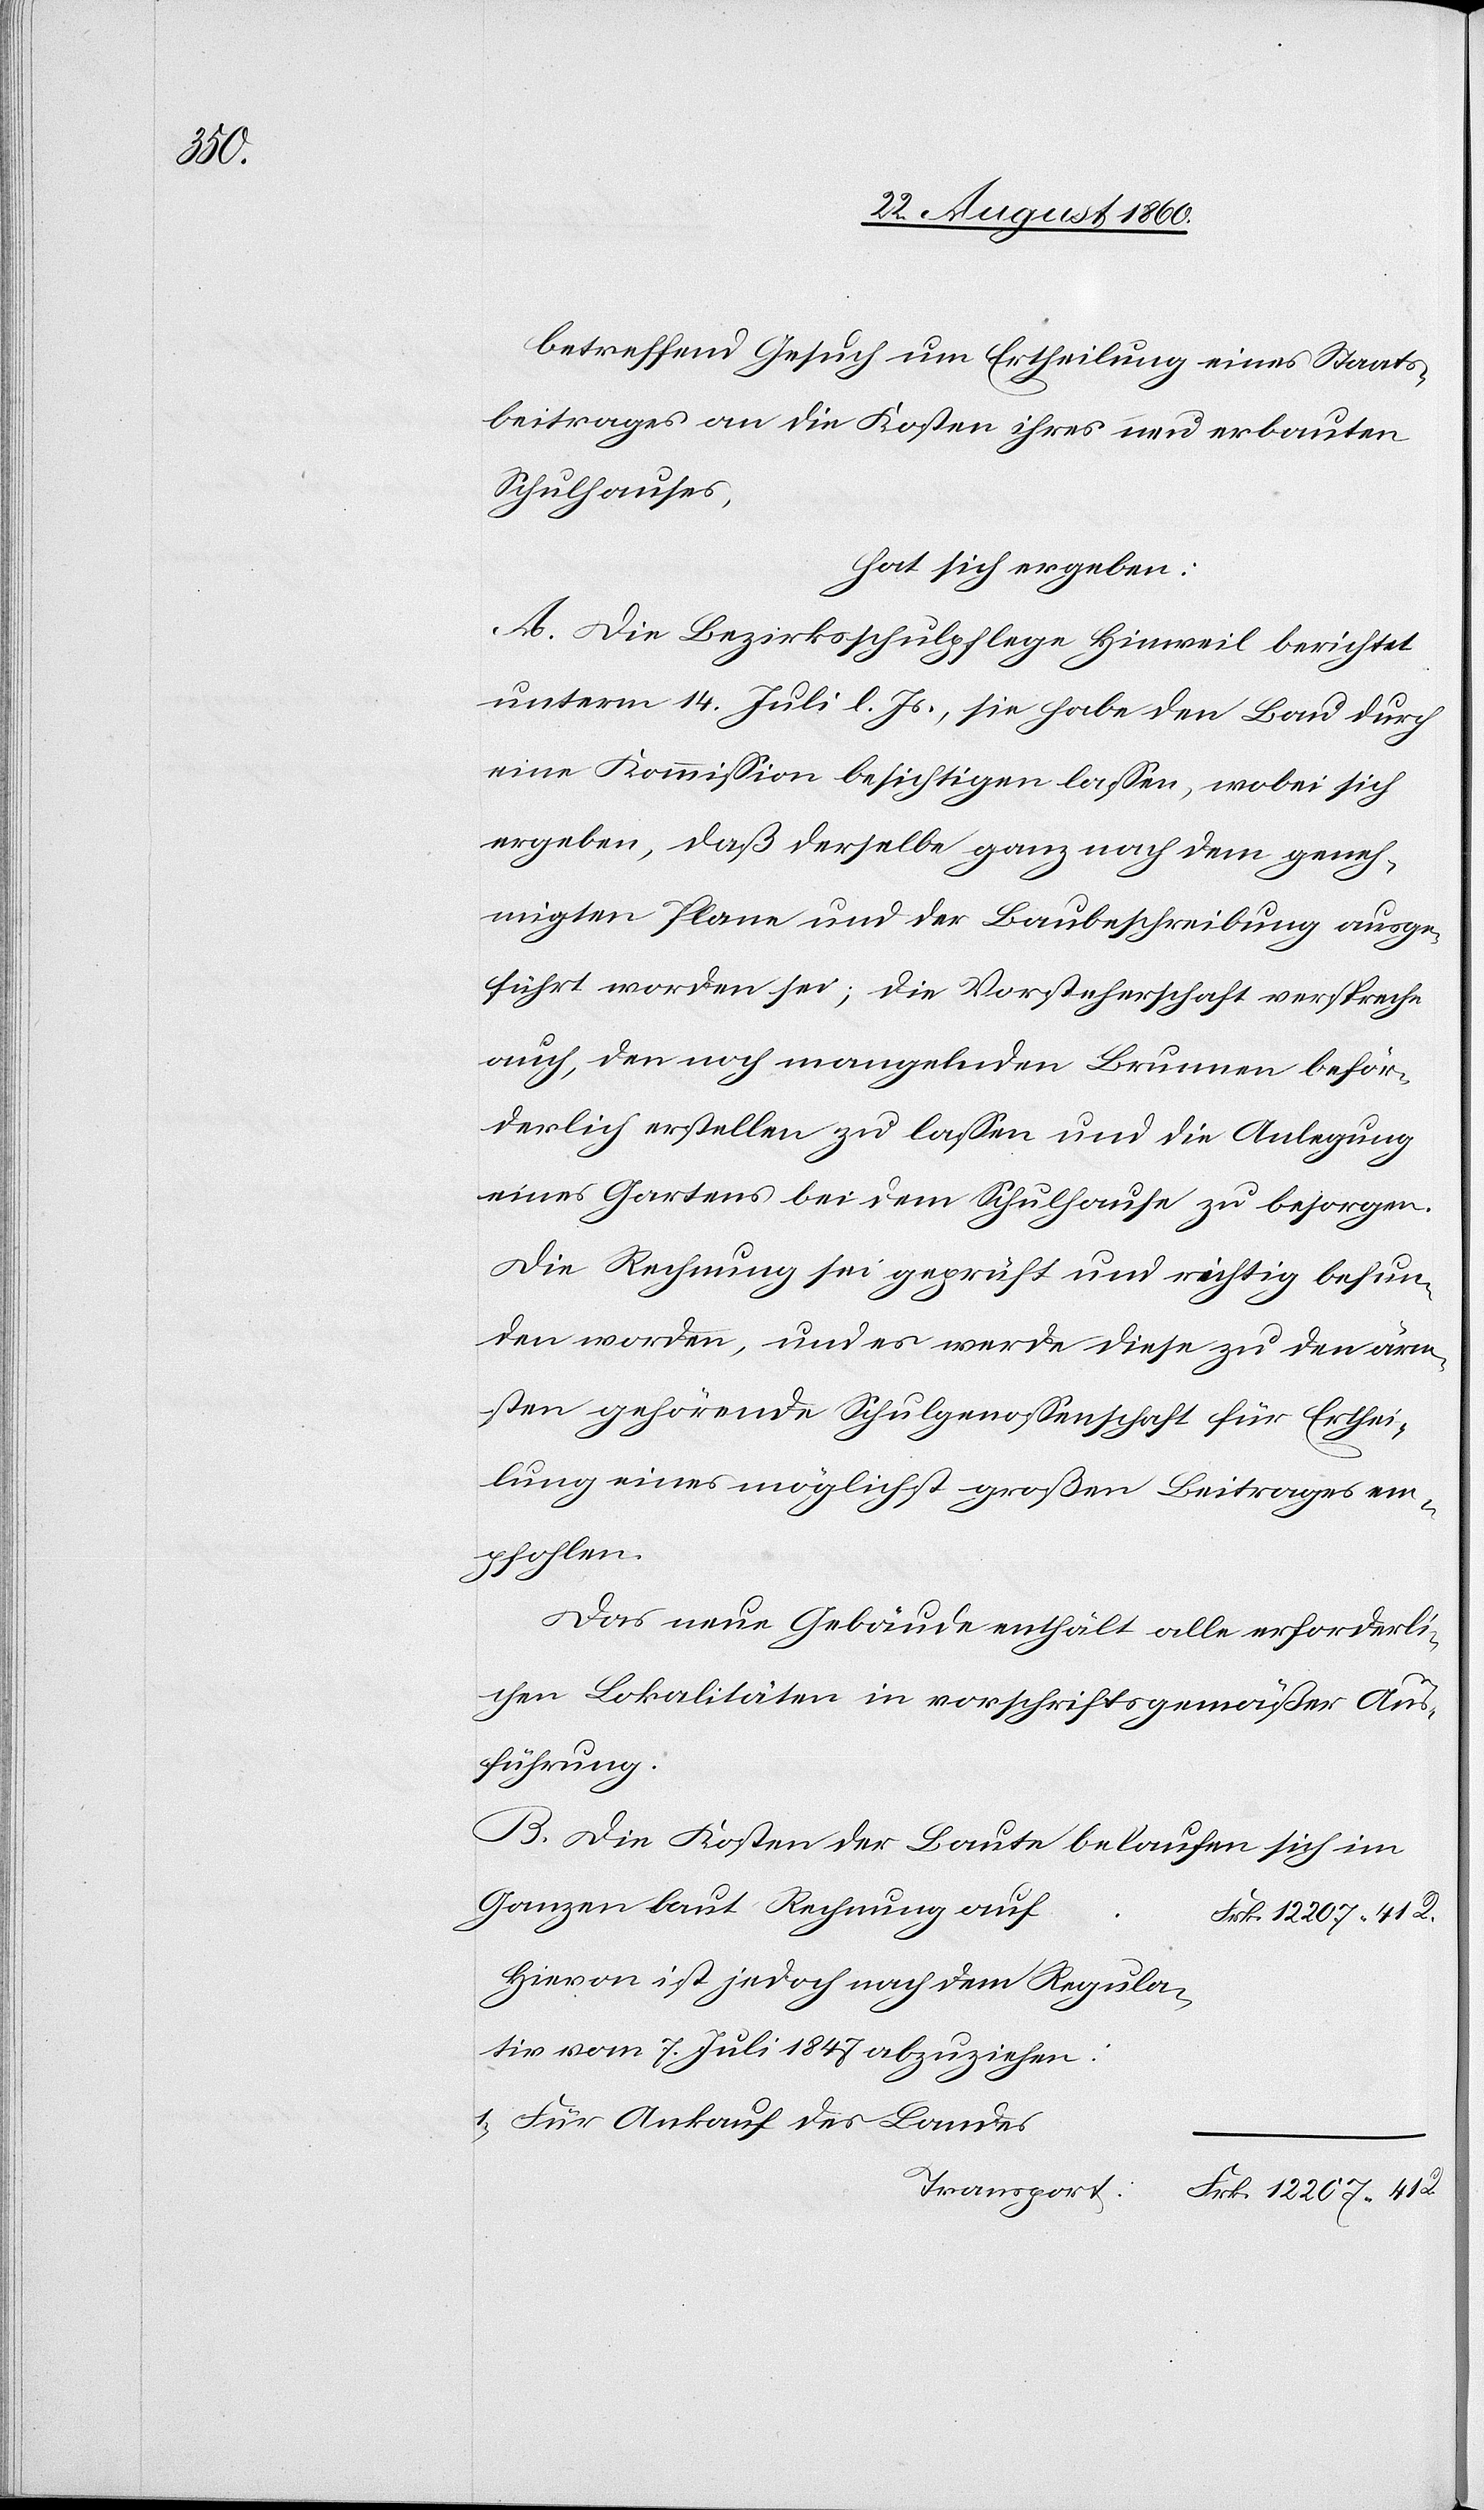
41.

betreffend Gesuch um Ertheilung eines Staats¬
beitrages an die Kosten ihres neu erbauten
Schulhauses
hat sich ergeben:
A. Die Bezirksschulpflege Hinweil berichtet
unterm 14. Juli l. Js., sie habe den Bau durch
eine Kommission besichtigen lassen, wobei sich
ergeben, dass derselbe ganz nach dem geneh¬
migten Plane und der Baubeschreibung ausge¬
führt worden sei; die Vorsteherschaft verspreche
auch, den noch mangelnden Brunnen beför¬
derlich erstellen zu lassen und die Anlegung
eines Gartens bei dem Schulhause zu besorgen.
Die Rechnung sei geprüft und richtig befun¬
den worden, und es werde diese zu den ärm¬
sten gehörende Schulgenossenschaft für Erthei¬
lung eines möglichst grossen Beitrages em¬
pfohlen.
Das neue Gebäude enthält alle erforderli¬
chen Lokalitäten in vorschriftsgemässer Aus¬
führung.
B. Die Kosten der Baute belaufen sich im
Hievon ist jedoch nach dem Regula¬
tiv vom 7. Juli 1847 abzuziehen:
Für Ankauf des Landes